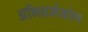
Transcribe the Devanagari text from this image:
अभिधर्मकोष